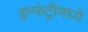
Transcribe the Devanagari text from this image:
इन्फंट्रीमध्ये